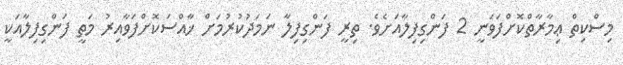
މިސްކިތް ޢިމާރާތްކޮށްފަވަނީ 2 ފަންގިފިލާއަށެވެ. ތިރީ ފަންގިފިލާ ނަމަދުކުރުމަށް ޚާއްސަކޮށްފަވާއިރު މަތީ ފަންގިފިލާއަކީ